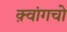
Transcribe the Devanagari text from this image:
क़्वांगचो